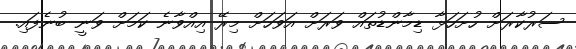
ސަރުކާރަށް ހުށަހަޅާ ޑިމާންޑުތައް ވަރަށް އަވަހަށް މިރޭ އިއްވާނެ ކަމަށް ވަނީ ބުނެފައި.